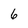
Character: 6